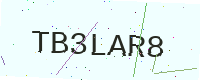
Text: TB3LAR8